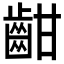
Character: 𪗳